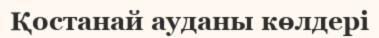
Қостанай ауданы көлдері